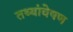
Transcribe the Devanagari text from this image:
तथ्यांवेषण